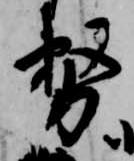
務